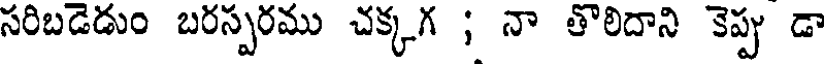
సరిబడెడుం బరస్పరము చక్కగ ; నా తొలిదాని కెప్పు డా